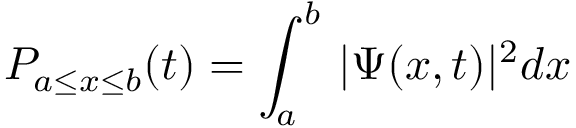
P _ { a \leq x \leq b } ( t ) = \int _ { a } ^ { b } \, | \Psi ( x , t ) | ^ { 2 } d x